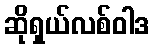
ဆိုရှယ်လစ်ဝါဒ